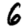
Digit: 6